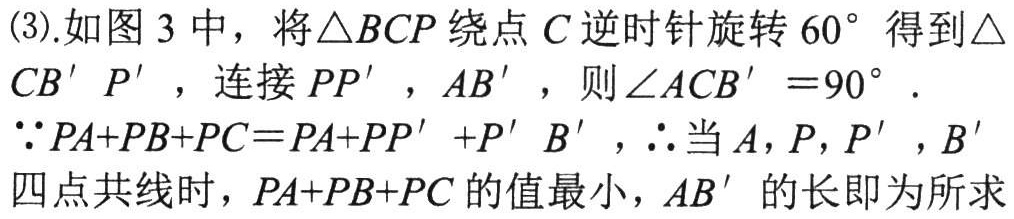
(3).如图3中，将\(\triangle BCP\)绕点\(C\)逆时针旋转\(60^{\circ}\)得到\(\triangle CB'P'\)，连接\(PP'\)，\(AB'\)，则\(\angle ACB' = 90^{\circ}\).
\(\because PA + PB + PC=PA + PP'+P'B'\)，\(\therefore\)当\(A\)，\(P\)，\(P'\)，\(B'\)
四点共线时，\(PA + PB + PC\)的值最小，\(AB'\)的长即为所求